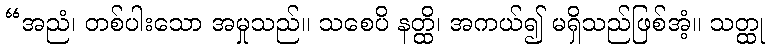
“အညံ၊ တစ်ပါးသော အမှုသည်။ သစေပိ နတ္ထိ၊ အကယ်၍ မရှိသည်ဖြစ်အံ့။ သတ္ထု